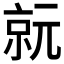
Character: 𠅮